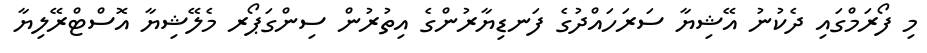
މި ފޯރަމްގައި ދެކުނު އޭޝިޔާ ސަރަހައްދުގެ ފަނޑިޔާރުންގެ އިތުރުން ސިންގަޕޯރ މެލޭޝިޔާ އޮސްޓްރޭލިޔާ